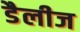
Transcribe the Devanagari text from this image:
डैलीज